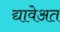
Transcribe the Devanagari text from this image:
द्यावेअत